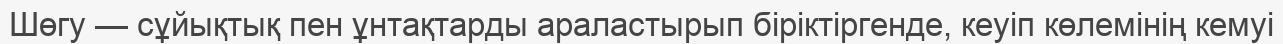
Шөгу — сұйықтық пен ұнтақтарды араластырып біріктіргенде, кеуіп көлемінің кемуі